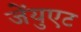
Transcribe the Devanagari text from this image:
जेंयुएट